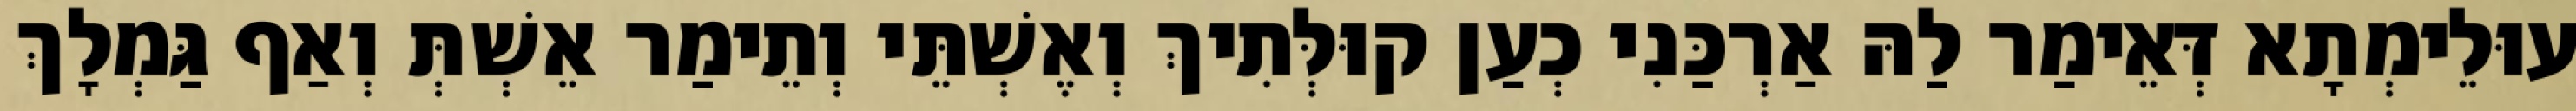
עוּלֵימְתָא דְּאֵימַר לַהּ אַרְכַּנִי כְעַן קוּלְּתִיךְ וְאֶשְׁתֵּי וְתֵימַר אֵשְׁתְּ וְאַף גַּמְלָךְ